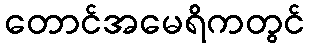
တောင်အမေရိကတွင်